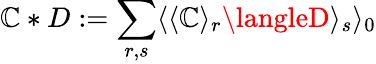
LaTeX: \mathbb{C}*D:=\sum_{r,s}\langle\langle\mathbb{C}\rangle_{r}\langleD\rangle_{s}\rangle_{0}